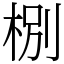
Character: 㭭